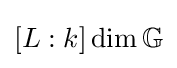
[L:k]\dim \mathbb {G}